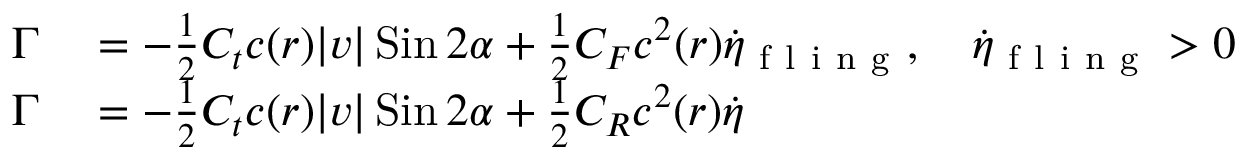
\begin{array} { r l } { \Gamma } & { { } = - \frac { 1 } { 2 } C _ { t } c ( r ) | v | \operatorname { S i n } 2 \alpha + \frac { 1 } { 2 } C _ { F } c ^ { 2 } ( r ) \dot { \eta } _ { \mathrm { ~ f ~ l ~ i ~ n ~ g ~ } } , \quad \dot { \eta } _ { \mathrm { ~ f ~ l ~ i ~ n ~ g ~ } } > 0 } \\ { \Gamma } & { { } = - \frac { 1 } { 2 } C _ { t } c ( r ) | v | \operatorname { S i n } 2 \alpha + \frac { 1 } { 2 } C _ { R } c ^ { 2 } ( r ) \dot { \eta } } \end{array}